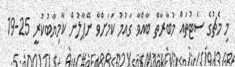
މި މެޗުގެ ސެޓުތައް މުބާރާތް ބާއްވާ ގައުމު ކަމަށްވާ ނޭޕާލުން ކާމިޔާބުކުރީ 25-19